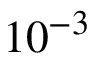
1 0 ^ { - 3 }